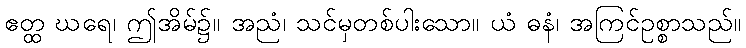
ဧတ္ထ ဃရေ၊ ဤအိမ်၌။ အညံ၊ သင်မှတစ်ပါးသော။ ယံ ဓနံ၊ အကြင်ဥစ္စာသည်။